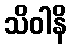
သိဝါနိ